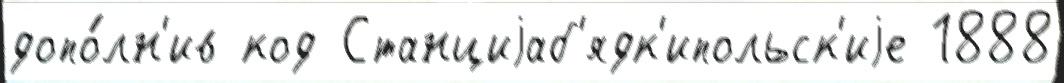
допо́лн'ив код Станциjаб'ядк'ипольск'иjе 1888